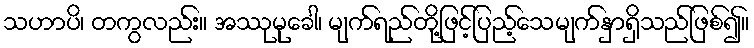
သဟာပိ၊ တကွလည်း။ အဿုမုခေါ၊ မျက်ရည်တို့ဖြင့်ပြည့်သေမျက်နှာရှိသည်ဖြစ်၍။